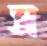
স